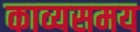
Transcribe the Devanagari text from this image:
काव्यसमय